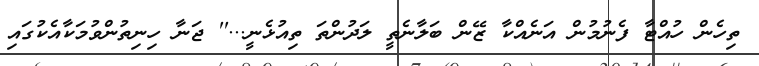
ތިހެން ހުއްޓާ ފެނުމުން އަނެއްކާ ޒޭން ބަލާނެތީ ލަދުންތަ ތިއުޅެނީ...'' ޖަނާ ހިނިތުންވުމަކާއެކުގައި